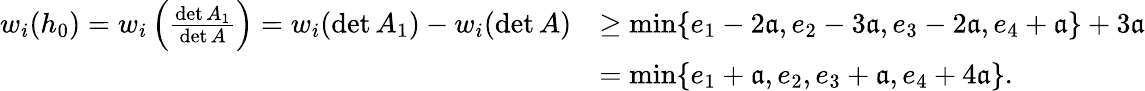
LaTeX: \begin{array}{rl}{w_{i}(h_{0})=w_{i}\left(\frac{\operatorname*{det}A_{1}}{\operatorname*{det}A}\right)=w_{i}(\operatorname*{det}A_{1})-w_{i}(\operatorname*{det}A)}&{\geq\operatorname*{min}\{ e_{1}-2{\mathfrak a},e_{2}-3{\mathfrak a},e_{3}-2{\mathfrak a},e_{4}+{\mathfrak a}\} +3{\mathfrak a}}\\ &{=\operatorname*{min}\{ e_{1}+{\mathfrak a},e_{2},e_{3}+{\mathfrak a},e_{4}+4{\mathfrak a}\} .}\end{array}